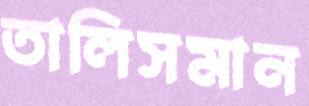
তালিসমান